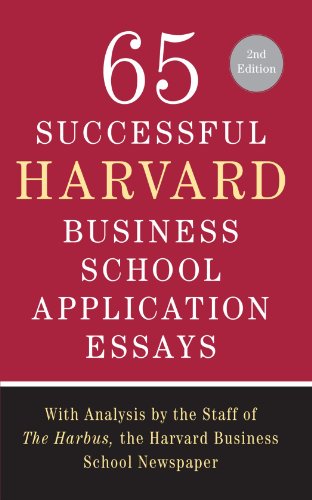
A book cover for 65 Successful Harvard Business School Application Essays, Second Edition: With Analysis by the Staff of The Harbus, the Harvard Business School Newspaper; Lauren Sullivan; Reference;